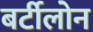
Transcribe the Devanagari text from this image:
बर्टीलोन